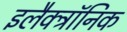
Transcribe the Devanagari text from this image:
इलैक्‍ट्रॉनिक